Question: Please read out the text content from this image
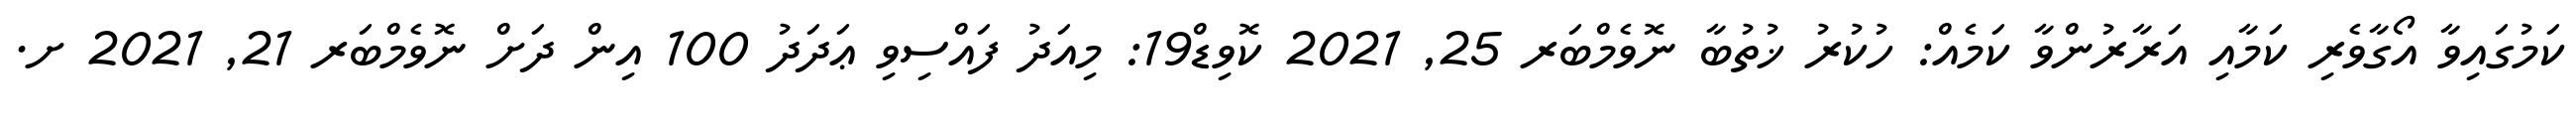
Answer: ކަމުގައިވާ އޯގާވެރި ކަމާއި އަރާރުންވާ ކަމެއް: ހުކުރު ޚުތުބާ ނޮވެމްބަރ 25, 2021 ކޮވިޑް19: މިއަދު ފައްސިވި ޢަދަދު 100 އިން ދަށް ނޮވެމްބަރ 21, 2021 ށ.